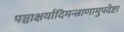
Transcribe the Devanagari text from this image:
पञ्चाक्षर्यादिमन्त्राणामुपदेष्टा